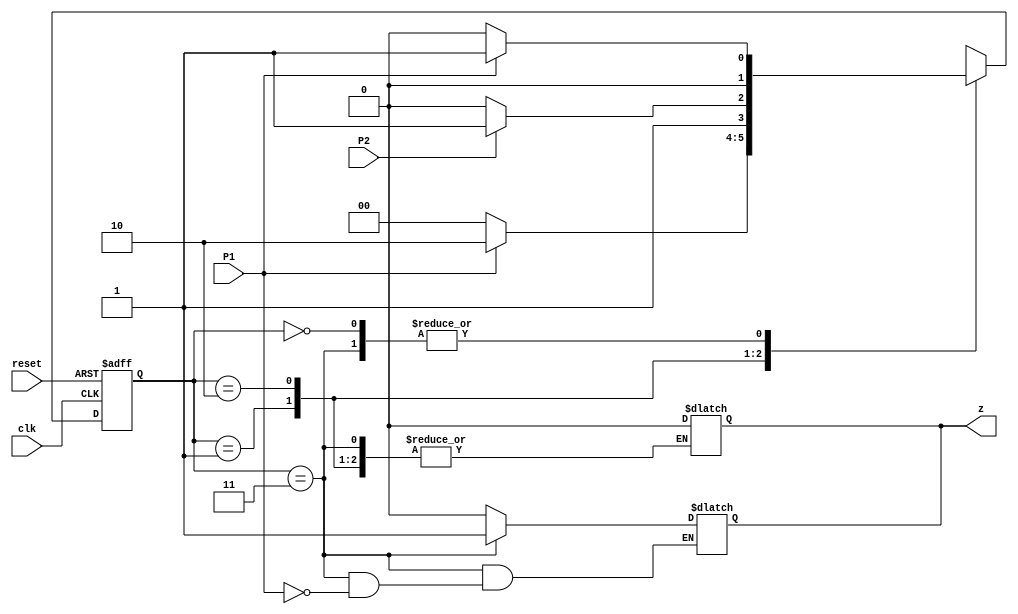
`timescale 1ns / 1ps
//////////////////////////////////////////////////////////////////////////////////
// Company: 
// Engineer: 
// 
// Design Name: 
// Module Name: Mealy
// Project Name: 
// Target Devices: 
// Tool Versions: 
// Description: 
// 
// Dependencies: 
// 
// Revision:
// Revision 0.01 - File Created
// Additional Comments:
// 
//////////////////////////////////////////////////////////////////////////////////


module Mealy(
    input P1, P2, clk, reset,
    output reg z
    );
    parameter S0=0,S1=1,S2=2,S3=3;
    reg[1:0] PS,NS;
    
    wire P1_D, P2_D;
    Debouncer debouncerA(P1, clk, P1_D);
    Debouncer debouncerB(P2, clk, P2_D);
    
    always@(posedge clk or posedge reset) begin
        if(reset)
            PS <= S0;
        else
            PS <= NS;
    end
    
    always@(PS or P1_D or P2_D) begin
        case(PS)
        S0:begin
            z = 0;
            if(P1)
            NS = S1;
            else
            NS = S0;
            end
        S1:begin
            if(P1)
            NS = S2;
            else
            NS = S0;
            end
        S2:begin
            if(P2)
            NS = S3;
            else
            NS = S2;
            end
        S3:begin
            if(P1)
            NS = S1;
            else
            NS = S0;
            end
        endcase
     end
     
     always@(PS or P1_D or P2_D) begin
        case(PS)
        S0:z=0;
        S1:z=0;
        S2:z=0;
        S3:begin
        if(P1)
        z=1;
        end
        endcase
     end
endmodule

module Debouncer(input pb_1,clk,output reg pb_out);
    reg[2:0]counter;
    wire TC;
    
    always@(posedge clk) begin
    if(~pb_1)
        counter <= 3'd0;
    else
        counter <= counter + 3'd1;
    end
    
    assign TC = (counter == 3'b111);
    
    always@(posedge clk) begin
        if(~pb_1)
            pb_out <= 1'b0;
        else
            pb_out <= 1'b1;
    end

endmodule